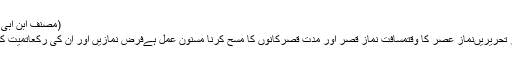
(مصنف ابن ابی شیبہ : ۳۲۳/۱ ح ۳۲۷۱)
موضوع سے متعلق دیگر تحریریںنماز عصر کا وقتمسافتِ نمازِ قصر اور مدتِ قصرکانوں کا مسح کرنا مسنون عمل ہےفرض نمازیں اور ان کی رکعاتمیت کو کہاں دفن کیا جائےگا ؟